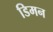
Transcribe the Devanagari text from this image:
डिमन